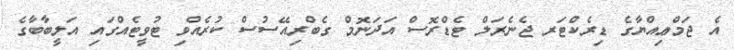
އެ ޖަމްޢިއްޔާގެ ޑިރެކްޓަރ ޖެނެރަލް ޓެޑްރޮސް އަދަނޮމް ގެބްރިއޭސުސް ކުރެއްވި ޓުވީޓެއްގައި އަލީބާބާގެ